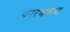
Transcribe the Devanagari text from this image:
फारचकष्ट